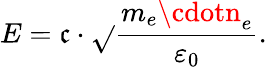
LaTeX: E=\mathfrak{c}\cdot{\sqrt{}{{\frac{{m_{e}\cdotn_{e}}}{{\varepsilon_{0}}}}}}.